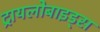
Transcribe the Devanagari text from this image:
ट्रायलोबाइड्स